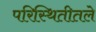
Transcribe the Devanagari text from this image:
परिस्थितीतले